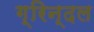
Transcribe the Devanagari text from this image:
ग्रिन्दल